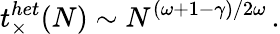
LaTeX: t_{\times}^{het}(N)\sim N^{(\omega+1-\gamma)/2\omega}\, .